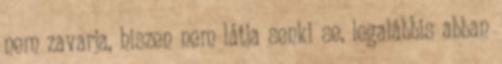
nem zavarja, hiszen nem látja senki se, legalábbis abban